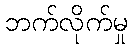
ဘက်လိုက်မှု